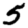
Digit: 5